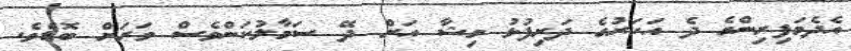
އެދެމަފިރިންގެ ދެ އަހަރުގެ ދަރިފުޅު މިޝާ އަށް ދޭ ސަމާލުކަންވެސް ވަރަށް ބޮޑެވެ.